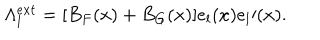
\Lambda _ { l } ^ { e x t } = [ B _ { F } ( x ) + B _ { G } ( x ) ] e _ { l } ( x ) e _ { l } \prime ( x ) .